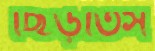
ছিঁড়তিস